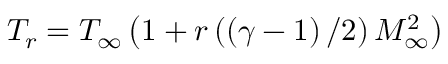
T _ { r } = T _ { \infty } \left( 1 + r \left( \left( \gamma - 1 \right) / 2 \right) M _ { \infty } ^ { 2 } \right)